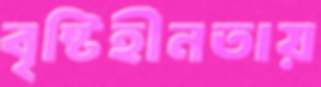
বৃষ্টিহীনতায়